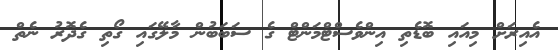
އެއިރަށް މިއައި ބޮޑެތި އިންވެސްޓްމަންޓް ގެ ސަބަބުން މާލޭގައި ގޯތި ގެދޮރު ނެތް